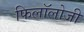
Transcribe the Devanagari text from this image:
फिलॉलोजी